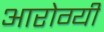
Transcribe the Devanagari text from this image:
आरोग्यी